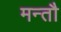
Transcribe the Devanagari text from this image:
मन्तौ